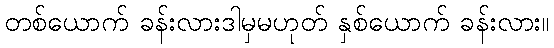
တစ်ယောက် ခန်းလားဒါမှမဟုတ် နှစ်ယောက် ခန်းလား။